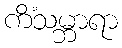
ကိံသမ္ဘာရာ